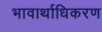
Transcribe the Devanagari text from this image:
भावार्थाधिकरण